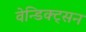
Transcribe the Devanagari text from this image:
वेन्डिक्ट्सन